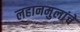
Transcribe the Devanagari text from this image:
लहानमुलांचे